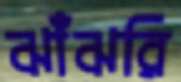
ঝাঁঝরি